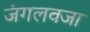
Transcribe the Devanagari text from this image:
जंगलवजा